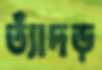
ত্যাঁদড়